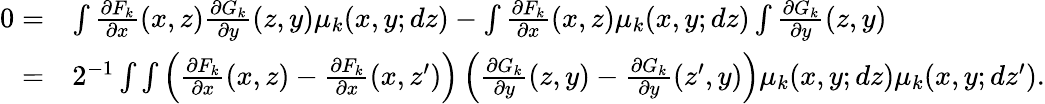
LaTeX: \begin{array}{rl}{0=}&{\int\frac{\partial F_{k}}{\partial x}(x,z)\frac{\partial G_{k}}{\partial y}(z,y)\mu_{k}(x,y;dz)-\int\frac{\partial F_{k}}{\partial x}(x,z)\mu_{k}(x,y;dz)\int\frac{\partial G_{k}}{\partial y}(z,y)}\\ {=}&{2^{-1}\int\int\left(\frac{\partial F_{k}}{\partial x}(x,z)-\frac{\partial F_{k}}{\partial x}(x,z^{\prime})\right)\left(\frac{\partial G_{k}}{\partial y}(z,y)-\frac{\partial G_{k}}{\partial y}(z^{\prime},y)\right)\mu_{k}(x,y;dz)\mu_{k}(x,y;dz^{\prime}).}\end{array}